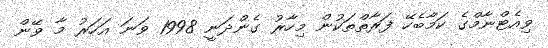
ވިއެޓްނާމްގެ ކަމާބެހޭ ފަރާތްތަކުން މިހާރު ގެންދަނީ 1998 ވަނަ އަހަރު މާ ވޭން